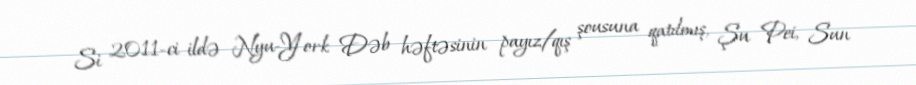
Si 2011-ci ildə Nyu-York Dəb həftəsinin payız/qış şousuna qatılmış, Şu Pei, Sun